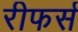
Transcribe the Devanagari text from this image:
रीफर्स